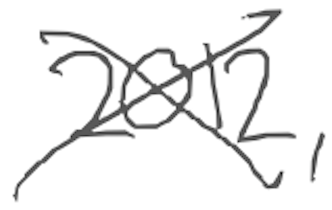
Text: 2012,
Cross-out: cross
Writing tool: digital_gray